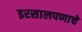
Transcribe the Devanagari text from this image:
इरसालपणाचे